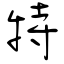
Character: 特